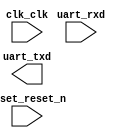

module demo1_helloworld (
	clk_clk,
	reset_reset_n,
	uart_rxd,
	uart_txd);	

	input		clk_clk;
	input		reset_reset_n;
	input		uart_rxd;
	output		uart_txd;
endmodule